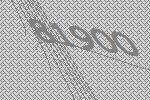
81900